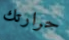
حرارتك